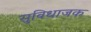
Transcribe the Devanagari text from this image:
सुविधाजक